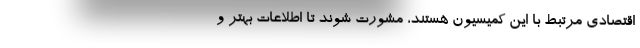
اقتصادی مرتبط با این کمیسیون هستند، مشورت شوند تا اطلاعات بهتر و